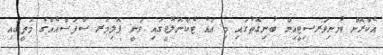
އެކްރޮން ޔުނިވަރސިޓީއިން ބުނިގޮތުގައި މި އައު ޓެކްނޮލޮޖީގައި ވަނީ ޕޮލިމަރ ސާފަސްއެއްގެ މަތީގައި